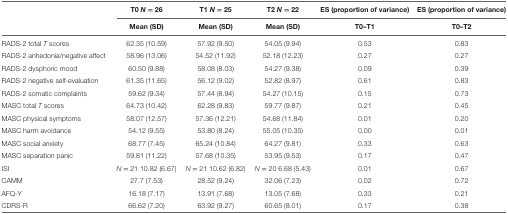
|  | T0 N = 26 | T1 N = 25 | T2 N = 22 | ES (proportion of variance) | ES (proportion of variance) |
 |  | Mean (SD) | Mean (SD) | Mean (SD) | T0–T1 | T0–T2 |
 | --- | --- | --- | --- | --- | --- |
 | RADS-2 total T scores | 62.35 (10.59) | 57.92 (9.50) | 54.05 (9.94) | 0.53 | 0.83 |
 | RADS-2 anhedonia/negative affect | 58.96 (13.06) | 54.52 (11.92) | 52.18 (12.23) | 0.27 | 0.27 |
 | RADS-2 dysphoric mood | 60.50 (9.88) | 58.08 (8.03) | 54.27 (9.38) | 0.09 | 0.39 |
 | RADS-2 negative self-evaluation | 61.35 (11.65) | 56.12 (9.02) | 52.82 (8.97) | 0.61 | 0.83 |
 | RADS-2 somatic complaints | 59.62 (9.34) | 57.44 (8.94) | 54.27 (10.15) | 0.15 | 0.73 |
 | MASC total T scores | 64.73 (10.42) | 62.28 (9.83) | 59.77 (9.87) | 0.21 | 0.45 |
 | MASC physical symptoms | 58.07 (12.57) | 57.36 (12.21) | 54.68 (11.84) | 0.01 | 0.20 |
 | MASC harm avoidance | 54.12 (9.55) | 53.80 (8.24) | 55.05 (10.35) | 0.00 | 0.01 |
 | MASC social anxiety | 68.77 (7.45) | 65.24 (10.84) | 64.27 (9.81) | 0.33 | 0.63 |
 | MASC separation panic | 59.81 (11.22) | 57.68 (10.35) | 53.95 (9.53) | 0.17 | 0.47 |
 | ISI | N = 21 10.82 (6.67) | N = 21 10.62 (6.82) | N = 20 6.68 (5.43) | 0.01 | 0.67 |
 | CAMM | 27.7 (7.53) | 28.52 (9.24) | 32.06 (7.23) | 0.02 | 0.72 |
 | AFQ-Y | 16.18 (7.17) | 13.91 (7.68) | 13.05 (7.68) | 0.33 | 0.21 |
 | CDRS-R | 66.62 (7.20) | 63.92 (9.27) | 60.65 (8.01) | 0.17 | 0.38 |